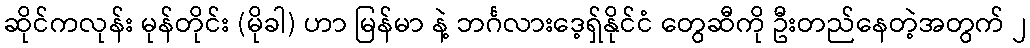
ဆိုင်ကလုန်း မုန်တိုင်း (မိုခါ) ဟာ မြန်မာ နဲ့ ဘင်္ဂလားဒေ့ရှ်နိုင်ငံ တွေဆီကို ဦးတည်နေတဲ့အတွက် ၂